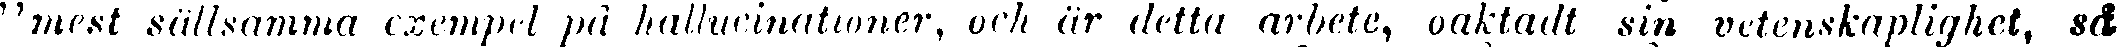
"mest sällsamma exempel på hallucinationer, och är detta arbete, oaktadt sin vetenskaplighet, så